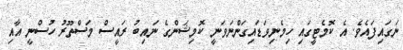
ނަގައިފައެވެ. އެ ކޮމެޓީގައި ހިމެނިވަޑައިގަންނަވަނީ ކޮމިޝަންގެ ނައިބު ރައީސް މަސްތޫރު ހުސްނީ އާއި